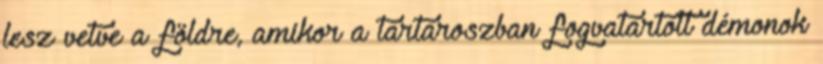
lesz vetve a földre, amikor a tartaroszban fogvatartott démonok